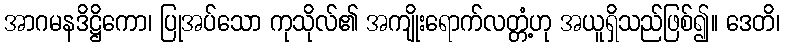
အာဂမနဒိဋ္ဌိကော၊ ပြုအပ်သော ကုသိုလ်၏ အကျိုးရောက်လတ္တံ့ဟု အယူရှိသည်ဖြစ်၍။ ဒေတိ၊